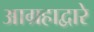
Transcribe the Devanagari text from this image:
आग्रहाद्वारे